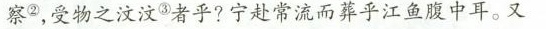
察②，受物之汶汶③者乎?宁赴常流而葬乎江鱼腹中耳。又